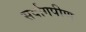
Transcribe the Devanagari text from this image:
सर्वांगपीण